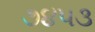
૭૪૫૩